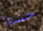
حسنا